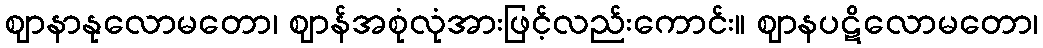
ဈာနာနုလောမတော၊ ဈာန်အစုံလုံအားဖြင့်လည်းကောင်း။ ဈာနပဋိလောမတော၊